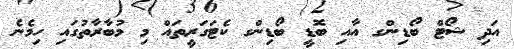
އަދި ޝޯޓް ބޯޑިންގ އާއި ބޮޑީ ބޯޑިންގ ކެޓަގަރީތައް މި މުބާރާތުގައި ހިމެނެ